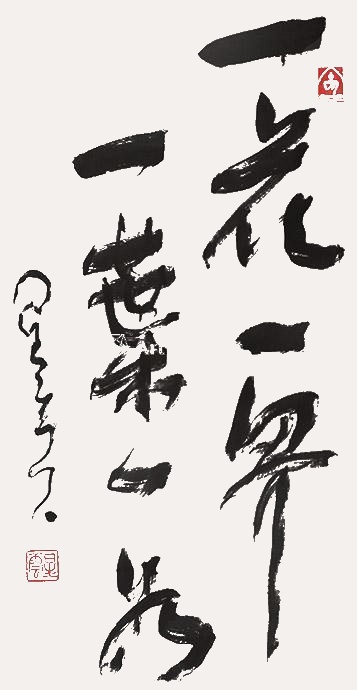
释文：一花一世界，一叶一菩提。星云